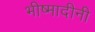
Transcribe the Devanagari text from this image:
भीष्मादीनी